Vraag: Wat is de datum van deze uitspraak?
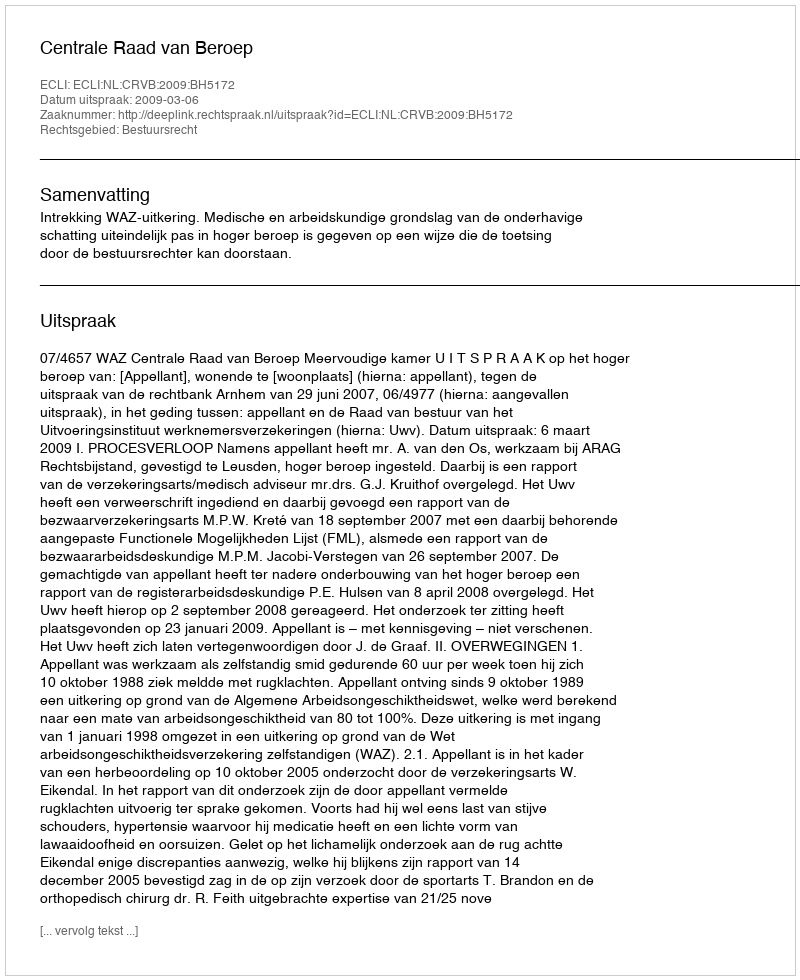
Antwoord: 2009-03-06